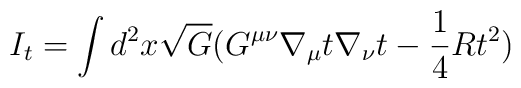
I_{t}= \int d^{2}x \sqrt{G}(G^{\mu \nu}\nabla_{\mu}t\nabla_{\nu}t -          \frac{1}{4}Rt^{2})